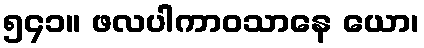
၅၄၁။ ဖလပါကာဝသာနေ ယော၊